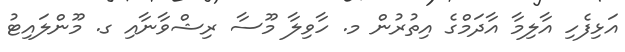
އަޅިފެހި އާލިމާ އާދަމްގެ އިތުރުން މ. ހާވިލާ މޫސާ ރިޝްވާނާއި ގ. މޫންލައިޓު